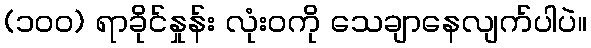
(၁၀၀) ရာခိုင်နှုန်း လုံးဝကို သေချာနေလျက်ပါပဲ။